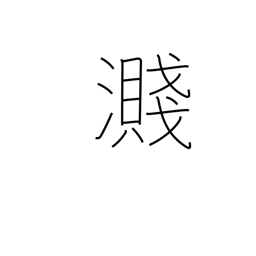
Meaning: splash